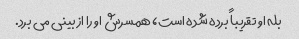
بله او تقریباً برده شده است، همسرش او را از بینی می برد.